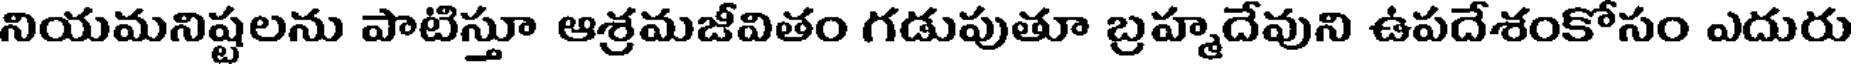
నియమనిష్టలను పాటిస్తూ ఆశ్రమజీవితం గడుపుతూ బ్రహ్మదేవుని ఉపదేశంకోసం ఎదురు